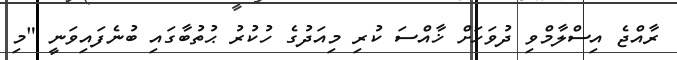
ރާއްޖެ އިސްލާމްވި ދުވަހަށް ޚާއްސަ ކުރި މިއަދުގެ ހުކުރު ޙުތުބާގައި ބުނެފައިވަނީ "މި